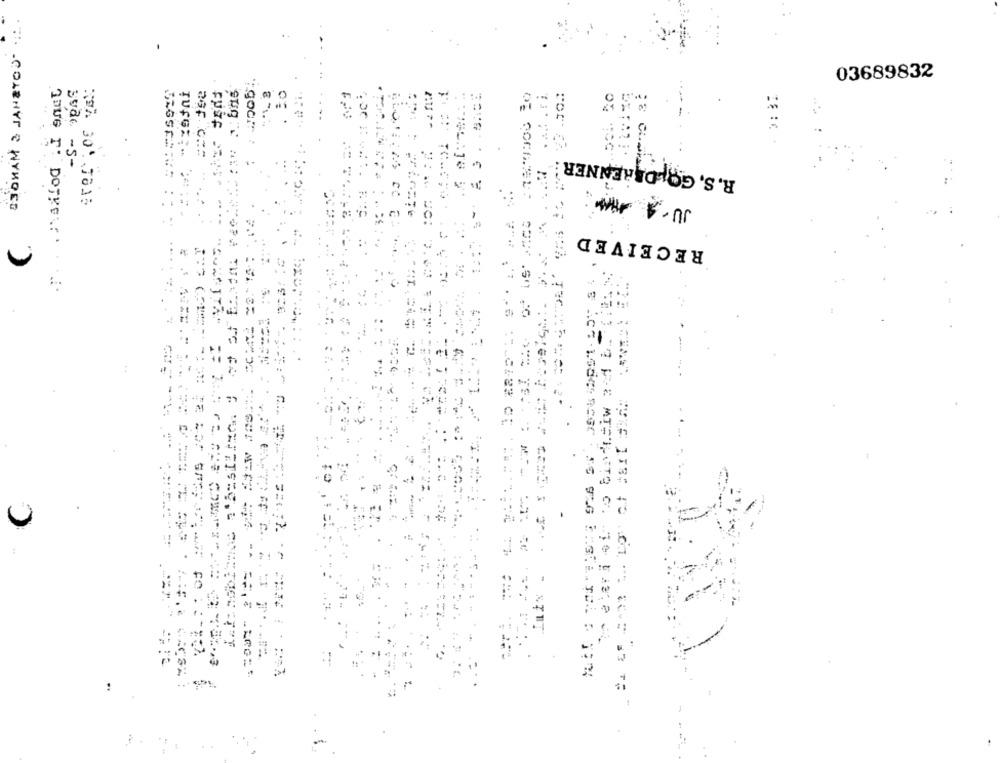
03689832
asr.
TUSG:
goch
sude -s-
R. S, GOUDARENNER !
4
P.S CC
COLENYT & WYKDES
RECEIVED
FO